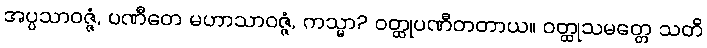
အပ္ပသာဝဇ္ဇံ, ပဏီတေ မဟာသာဝဇ္ဇံ, ကသ္မာ? ဝတ္ထုပဏီတတာယ။ ဝတ္ထုသမတ္တေ သတိ